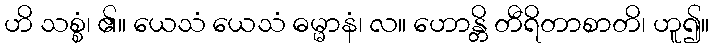
ဟိ သစ္စံ၊ ၏။ ယေသံ ယေသံ ဓမ္မာနံ၊ လ။ ဟောန္တိ တီရိတာစာတိ၊ ဟူ၍။